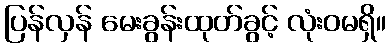
ပြန်လှန် မေးခွန်းထုတ်ခွင့် လုံးဝမရှိ။